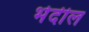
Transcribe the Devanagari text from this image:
भेदील